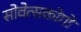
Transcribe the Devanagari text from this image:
सोवेत्सकोगो